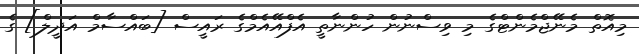
މިއޮތް މެނޭޖްމެންޓްގެ މި ވިސްނުން ހުންނާތީ އެފްއޭއެމްގެ ރައީސް [ބައްސާމް އަދީލް] ގެ